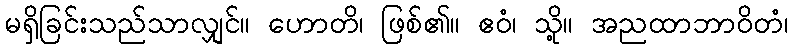
မရှိခြင်းသည်သာလျှင်။ ဟောတိ၊ ဖြစ်၏။ ဧဝံ၊ သို့။ အညထာဘာဝိတံ၊